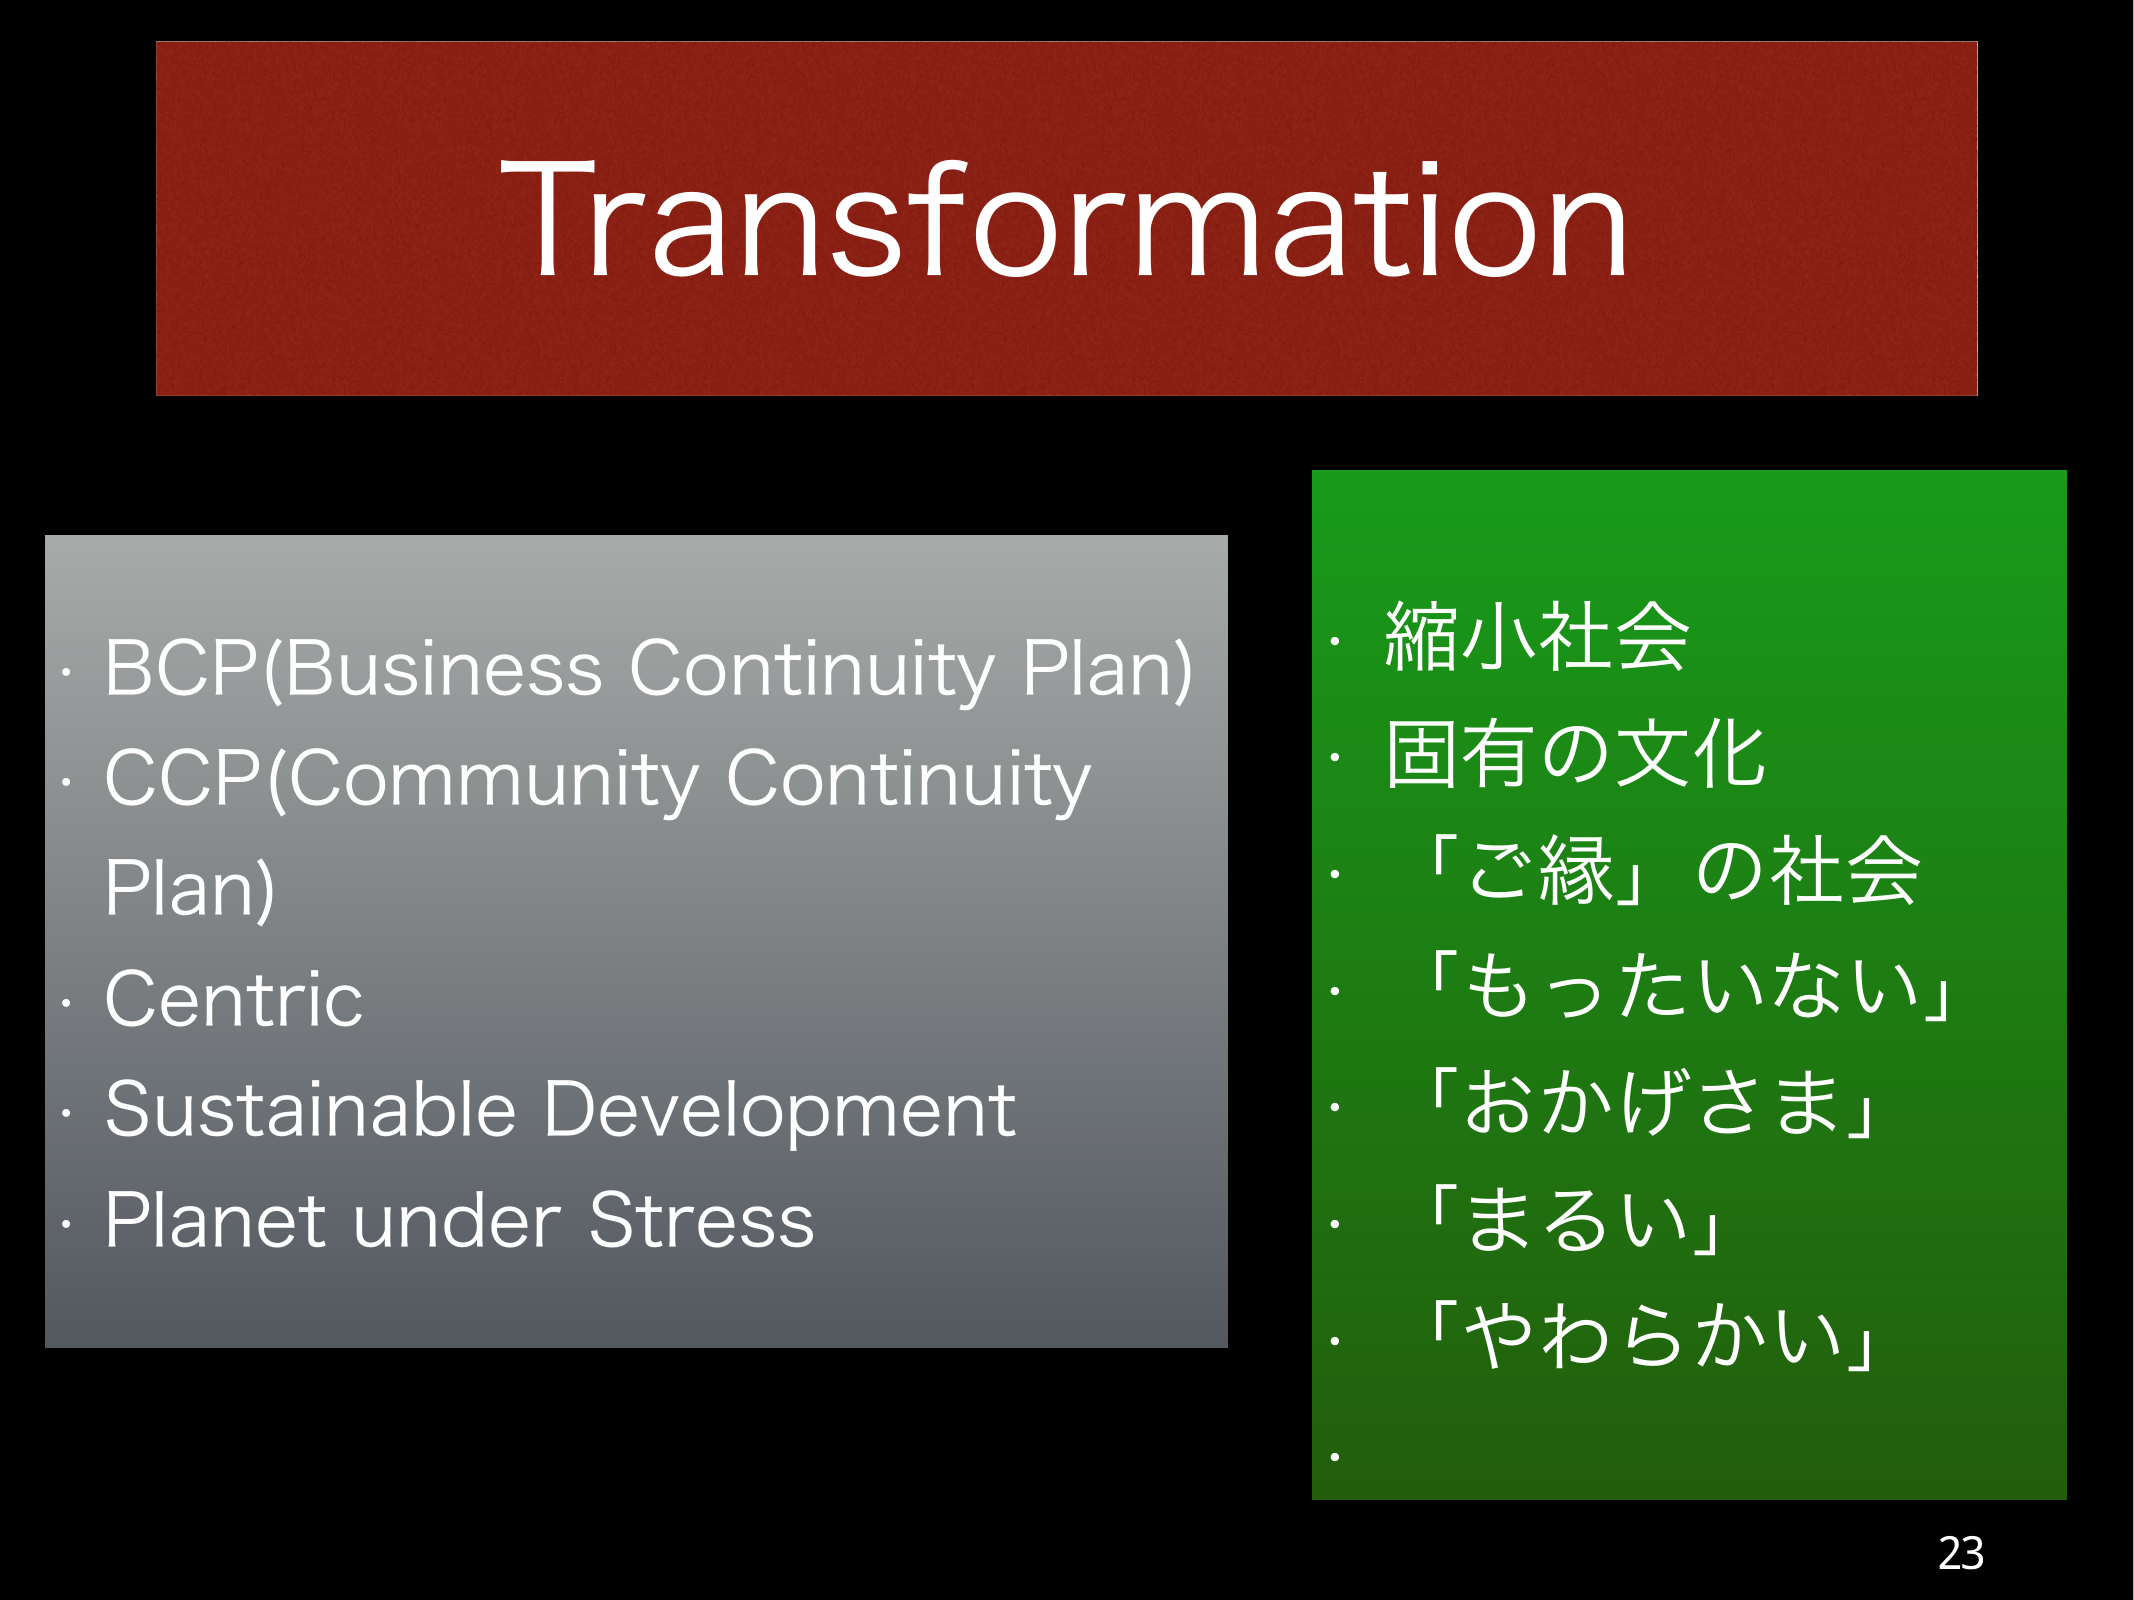
Transformation

・BCP(Business Continuity Plan)
・CCP(Community Continuity Plan)
・Centric
・Sustainable Development
・Planet under Stress

・縮小社会
・固有の文化
・「ご縁」の社会
・「もったいない」
・「おかげさま」
・「まるい」
・「やわらかい」

23